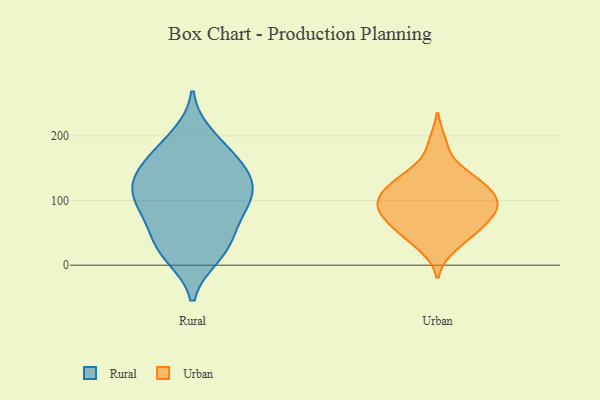
{"axis": {"x": "Website Visitors", "y": "Value"}, "legend": ["Rural", "Urban"], "data": [{"x": "", "y": 181, "type": "Rural"}, {"x": "", "y": 85, "type": "Rural"}, {"x": "", "y": 131, "type": "Rural"}, {"x": "", "y": 16, "type": "Rural"}, {"x": "", "y": 40, "type": "Rural"}, {"x": "", "y": 200, "type": "Rural"}, {"x": "", "y": 115, "type": "Rural"}, {"x": "", "y": 90, "type": "Rural"}, {"x": "", "y": 97, "type": "Rural"}, {"x": "", "y": 14, "type": "Rural"}, {"x": "", "y": 111, "type": "Rural"}, {"x": "", "y": 131, "type": "Rural"}, {"x": "", "y": 64, "type": "Rural"}, {"x": "", "y": 170, "type": "Rural"}, {"x": "", "y": 145, "type": "Rural"}, {"x": "", "y": 34, "type": "Rural"}, {"x": "", "y": 149, "type": "Rural"}, {"x": "", "y": 76, "type": "Urban"}, {"x": "", "y": 142, "type": "Urban"}, {"x": "", "y": 74, "type": "Urban"}, {"x": "", "y": 66, "type": "Urban"}, {"x": "", "y": 137, "type": "Urban"}, {"x": "", "y": 131, "type": "Urban"}, {"x": "", "y": 102, "type": "Urban"}, {"x": "", "y": 51, "type": "Urban"}, {"x": "", "y": 88, "type": "Urban"}, {"x": "", "y": 188, "type": "Urban"}, {"x": "", "y": 101, "type": "Urban"}, {"x": "", "y": 113, "type": "Urban"}, {"x": "", "y": 28, "type": "Urban"}, {"x": "", "y": 44, "type": "Urban"}, {"x": "", "y": 90, "type": "Urban"}, {"x": "", "y": 112, "type": "Urban"}]}